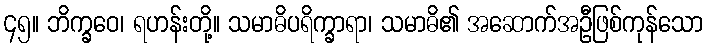
၄၅။ ဘိက္ခဝေ၊ ရဟန်းတို့။ သမာဓိပရိက္ခာရာ၊ သမာဓိ၏ အဆောက်အဦဖြစ်ကုန်သော